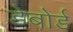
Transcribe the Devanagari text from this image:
डेबोर्ड